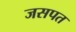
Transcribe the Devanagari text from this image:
जसपत